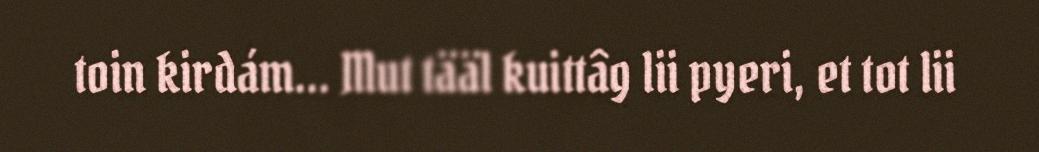
toin kirdám... Mut tääl kuittâg lii pyeri, et tot lii